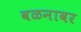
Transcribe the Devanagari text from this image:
वळनावर